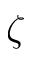
\zeta